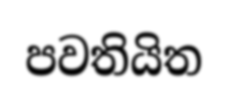
පවතියිත